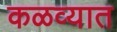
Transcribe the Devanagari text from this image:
कळव्यात